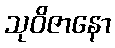
သုဝိဇာနော